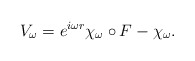
\begin{align*} V_\omega=e^{i\omega r}\chi_\omega\circ F-\chi_\omega.\end{align*}